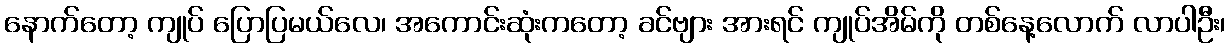
နောက်တော့ ကျုပ် ပြောပြမယ်လေ၊ အကောင်းဆုံးကတော့ ခင်ဗျား အားရင် ကျုပ်အိမ်ကို တစ်နေ့လောက် လာပါဦး၊